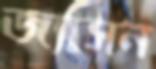
জ্যাসন